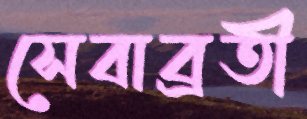
সেবাব্রতী